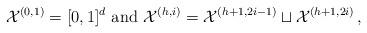
LaTeX: \begin{align*}\mathcal{X}^{(0,1)} = [0,1]^d \mbox{ and } \mathcal{X}^{(h,i)} = \mathcal{X}^{(h+1,2i-1)} \sqcup \mathcal{X}^{(h+1,2i)} \,,\end{align*}